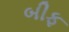
બીફ